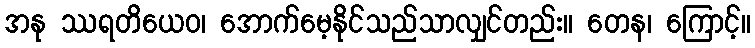
အနု ဿရတိယေဝ၊ အောက်မေ့နိုင်သည်သာလျှင်တည်း။ တေန၊ ကြောင့်။